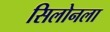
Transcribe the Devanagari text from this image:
सिलोनला